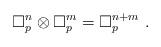
LaTeX: \begin{align*}\square_p^n \otimes \square_p^m = \square_p^{n + m}\ .\end{align*}